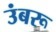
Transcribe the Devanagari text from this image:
उंबरू